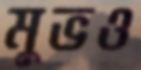
মুভও